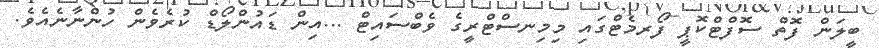
ބީލަން ފޮތް ސޮފްޓްކޮޕީ ފޯރމެޓްގައި މިމިނސްޓްރީގެ ވެބްސައިޓް ...އިން ޑައުންލޯޑް ކުރެވެން ހުންނާނެއެވެ.